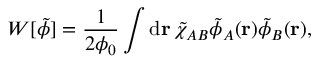
W [ \tilde { \phi } ] = \frac { 1 } { 2 \phi _ { 0 } } \int \mathrm { d } \mathbf { r } \, \tilde { \chi } _ { A B } \tilde { \phi } _ { A } ( \mathbf { r } ) \tilde { \phi } _ { B } ( \mathbf { r } ) ,